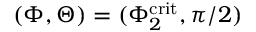
( \Phi , \Theta ) = ( \Phi _ { 2 } ^ { \mathrm { c r i t } } , \pi / 2 )